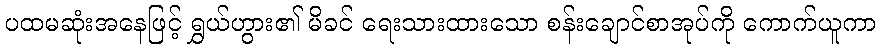
ပထမဆုံးအနေဖြင့် ရွှယ်ဟွား၏ မိခင် ရေးသားထားသော စန်းချောင်စာအုပ်ကို ကောက်ယူကာ